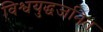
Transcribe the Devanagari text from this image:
विश्वयुद्धजनित